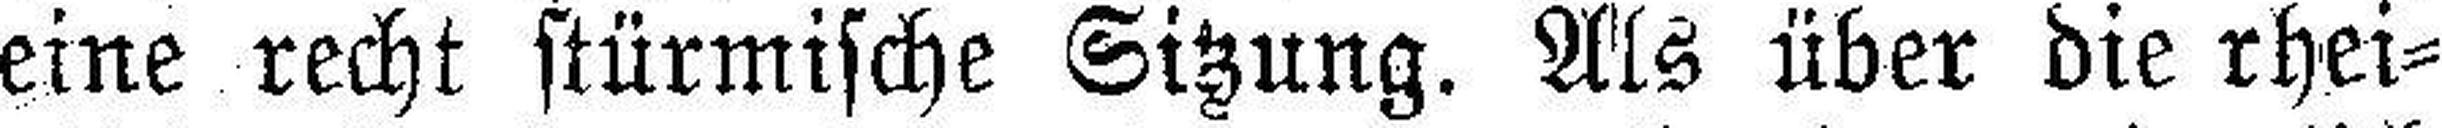
eine recht stürmische Sitzung. Als über die rhei¬